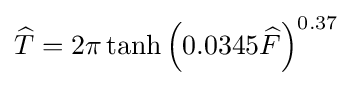
{\widehat {T}}=2\pi \tanh \left(0.0345{\widehat {F}}\right)^{0.37}